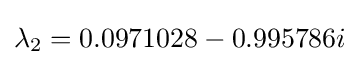
\lambda _{2}=0.0971028-0.995786i